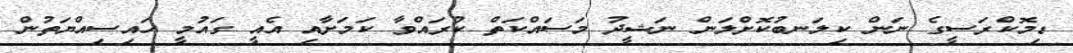
ޑިމޮކްރަސީގެ ނަން ކިލަނބުކޮށްލަން ނަޝީދު މަސައްކަތް ކުރައްވާ ކަމަށާއި އެއީ ގައުމީ ހައިސިއްޔަތުން